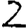
Digit: 2